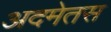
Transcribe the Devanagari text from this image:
अदमेतस